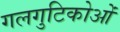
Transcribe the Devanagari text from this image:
गलगुटिकोओं